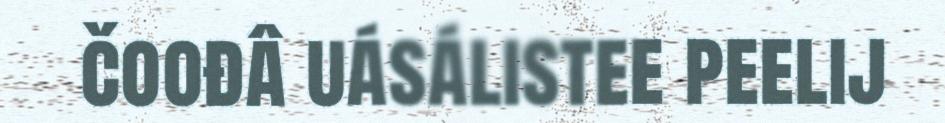
čoođâ uásálistee peelij